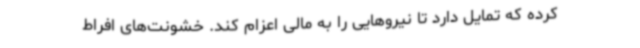
کرده که تمایل دارد تا نیروهایی را به مالی اعزام کند. خشونت‌های افراط